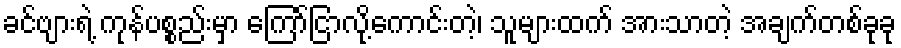
ခင်ဗျားရဲ့ ကုန်ပစ္စည်းမှာ ကြော်ငြာလို့ကောင်းတဲ့၊ သူများထက် အားသာတဲ့ အချက်တစ်ခုခု